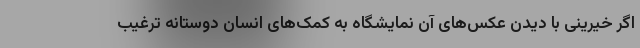
اگر خیّرینی با دیدن عکس‌های آن نمایشگاه به کمک‌های انسان دوستانه ترغیب